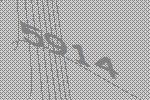
5914